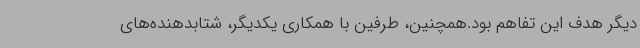
دیگر هدف این تفاهم بود.همچنین، طرفین با همکاری یکدیگر، شتابدهنده‌های